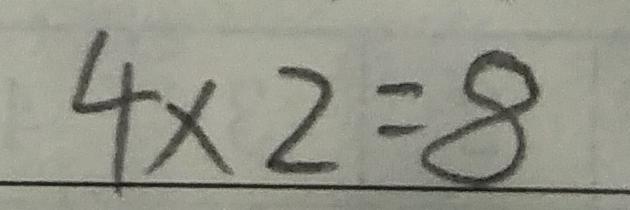
4 \times 2 = 8